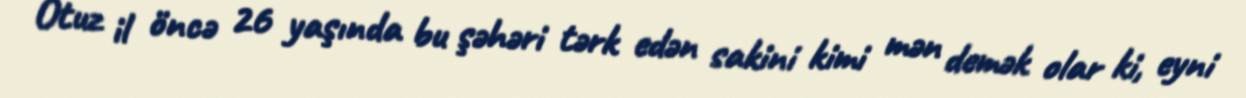
Otuz il öncə 26 yaşında bu şəhəri tərk edən sakini kimi mən demək olar ki, eyni